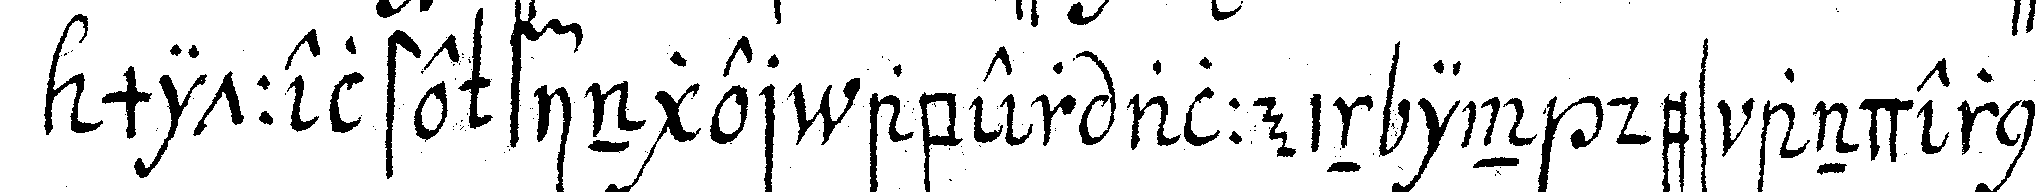
mittelste finger aber allein in des andern